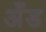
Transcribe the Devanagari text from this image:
अँड